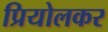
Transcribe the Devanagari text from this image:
प्रियोलकर